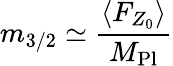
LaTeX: m_{3/2}\simeq\frac{\langle F_{Z_{0}}\rangle}{M_{\mathrm{Pl}}}